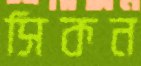
সিকন